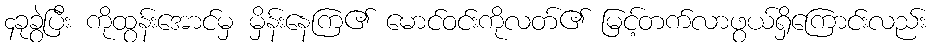
၄ခုခွဲပြီး ကိုထွန်းအောင်မှ မှိန်းနေကြ၏ မောင်ဝင်းကိုလတ်၏ မြင့်တက်လာဖွယ်ရှိကြောင်းလည်း